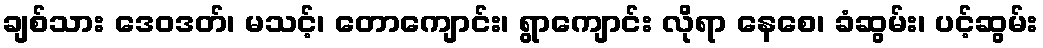
ချစ်သား ဒေဝဒတ်၊ မသင့်၊ တောကျောင်း၊ ရွာကျောင်း လိုရာ နေစေ၊ ခံဆွမ်း၊ ပင့်ဆွမ်း